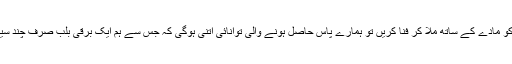
" اگر ہم سرن میں پیدا ہونے والے تمام ضد مادّہ کو جمع کرکے اس کو مادّے کے ساتھ ملا کر فنا کریں تو ہمارے پاس حاصل ہونے والی توانائی اتنی ہوگی کہ جس سے ہم ایک برقی بلب صرف چند سیکنڈ کے لئے جلا سکیں " یہ سرن سے جاری ایک بیان کا حصّہ ہے۔